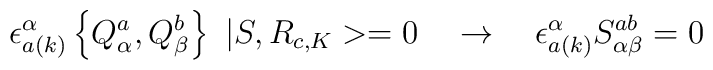
\epsilon _{a(k)}^\alpha \left\{ Q_\alpha ^a,Q_\beta ^b\right\}\,\,|S,R_{c,K}>=0\quad \rightarrow \quad \epsilon _{a(k)}^\alpha S_{\alpha\beta }^{ab}=0